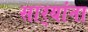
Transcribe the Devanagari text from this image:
सार्‍यांना